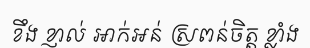
ខឹង ខ្ញាល់ អាក់អន់ ស្រពន់ចិត្ត ខ្លាំង